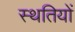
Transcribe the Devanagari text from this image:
स्‍थतियों